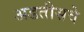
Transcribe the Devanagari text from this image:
अडतीसवे